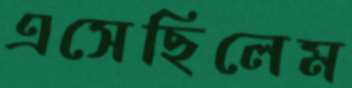
এসেছিলেম